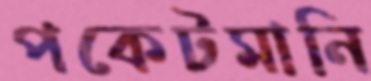
পকেটমানি